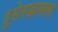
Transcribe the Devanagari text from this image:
हुसेनखानाला